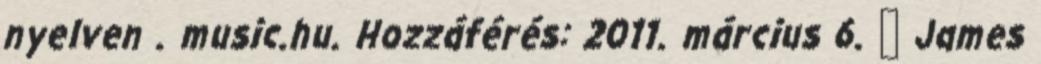
nyelven . music.hu. Hozzáférés: 2011. március 6. ↑ James